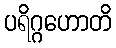
ပရိဂ္ဂဟောတိ